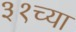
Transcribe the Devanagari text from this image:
३१च्या